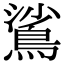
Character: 𬷙